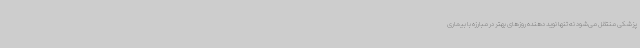
پزشکی منتقل می‌شود نه تنها نوید دهنده روزهای بهتر در مبارزه با بیماری